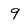
Character: 9